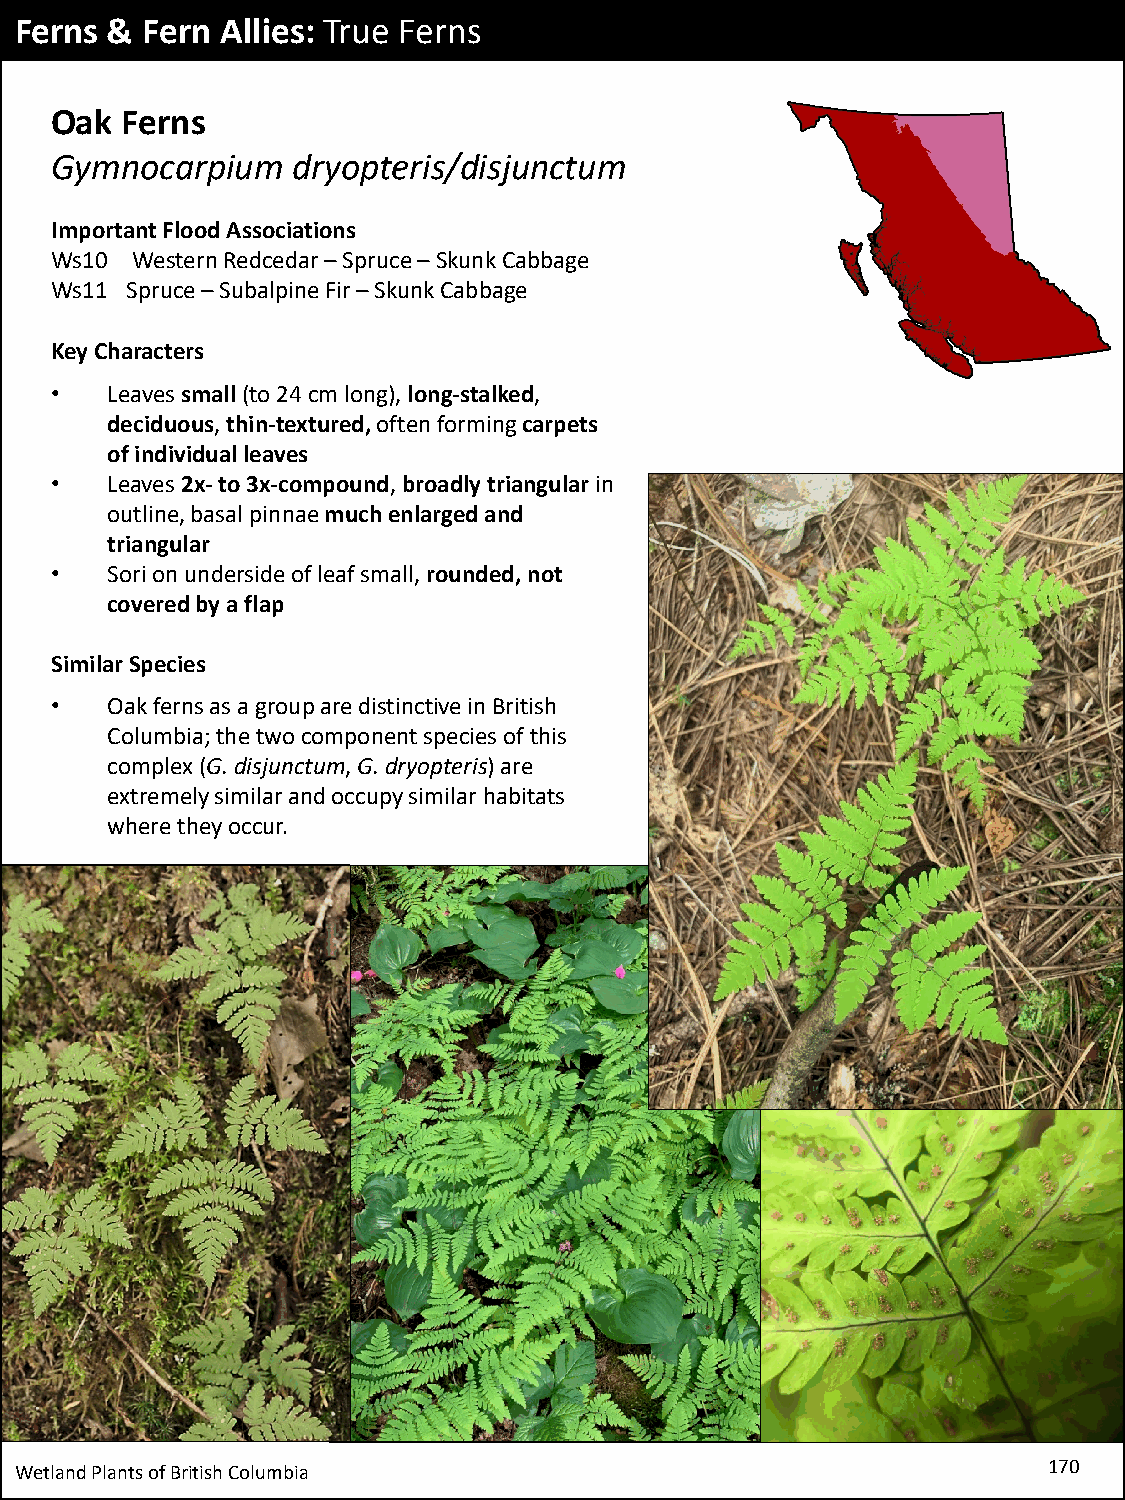
Ferns & Fern  Allies: True Ferns
 Oak  Ferns
 Gymnocarpium    dryopteris/disjunctum
 Important Flood Associations
 Ws10  Western Redcedar–Spruce –Skunk Cabbage
 Ws11 Spruce –Subalpine Fir –Skunk Cabbage
 Key Characters
 •   Leaves small (to 24 cm long), long-stalked,
 deciduous, thin-textured, often forming carpets
 of individual leaves
 •   Leaves 2x-to 3x-compound, broadly triangular in
 outline, basal pinnae much enlarged and
 triangular
 •   Sorion underside of leaf small, rounded,not
 covered by a flap
 Similar Species
 •   Oak ferns as a group are distinctive in British
 Columbia; the two component species of this
 complex (G. disjunctum, G. dryopteris) are
 extremely similar and occupy similar habitats
 where they occur.
 Wetland Plants of British Columbia                                  170